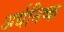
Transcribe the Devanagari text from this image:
अर्धनिष्क